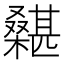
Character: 𣞵